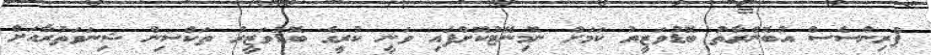
ޕްރިންސެސް އުބޮންރާތު ބޮޑުވަޒީރު ކަމަށް ނޮމިނޭޓުކޮށްފައި ވަނީ ކުރީގެ ބޮޑުވަޒީރު ތަކްސިން ޝިނަވަތުރާއަށް